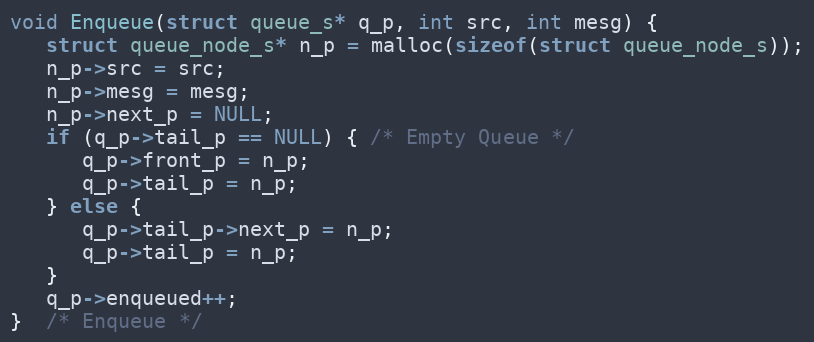
Language: C
void Enqueue(struct queue_s* q_p, int src, int mesg) {
   struct queue_node_s* n_p = malloc(sizeof(struct queue_node_s));
   n_p->src = src;
   n_p->mesg = mesg;
   n_p->next_p = NULL;
   if (q_p->tail_p == NULL) { /* Empty Queue */
      q_p->front_p = n_p;
      q_p->tail_p = n_p;
   } else {
      q_p->tail_p->next_p = n_p;
      q_p->tail_p = n_p;
   }
   q_p->enqueued++;
}  /* Enqueue */